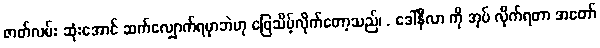
ဇာတ်လမ်း ဆုံးအောင် ဆက်လျှောက်ရမှာဘဲဟု ဖြေသိမ့်လိုက်တော့သည်၊ . ဒေါ်နီလာ ကို အုပ် လိုက်ရတာ အတော်